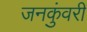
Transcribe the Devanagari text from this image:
जनकुंवरी